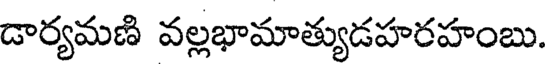
డార్యమణి వల్లభామాత్యుడహరహంబు.